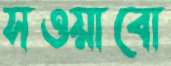
সওয়াবো